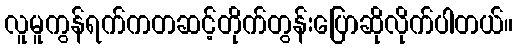
လူမူကွန်ရက်ကတဆင့်တိုက်တွန်းပြောဆိုလိုက်ပါတယ်။